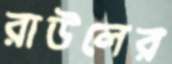
রাউলের